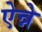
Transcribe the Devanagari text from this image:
ऐन्ने